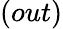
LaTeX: (out)